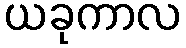
ယခုကာလ